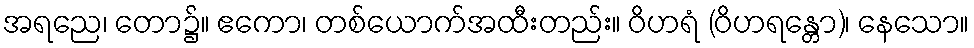
အရညေ၊ တော၌။ ဧကော၊ တစ်ယောက်အထီးတည်း။ ဝိဟရံ (ဝိဟရန္တော)၊ နေသော။